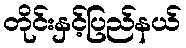
တိုင်းနှင့်ပြည်နယ်